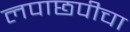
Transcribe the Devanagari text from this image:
लपाछपीचा